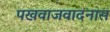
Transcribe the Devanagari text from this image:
पखवाजवादनास